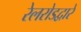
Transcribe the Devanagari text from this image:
रेलरोडद्वारे